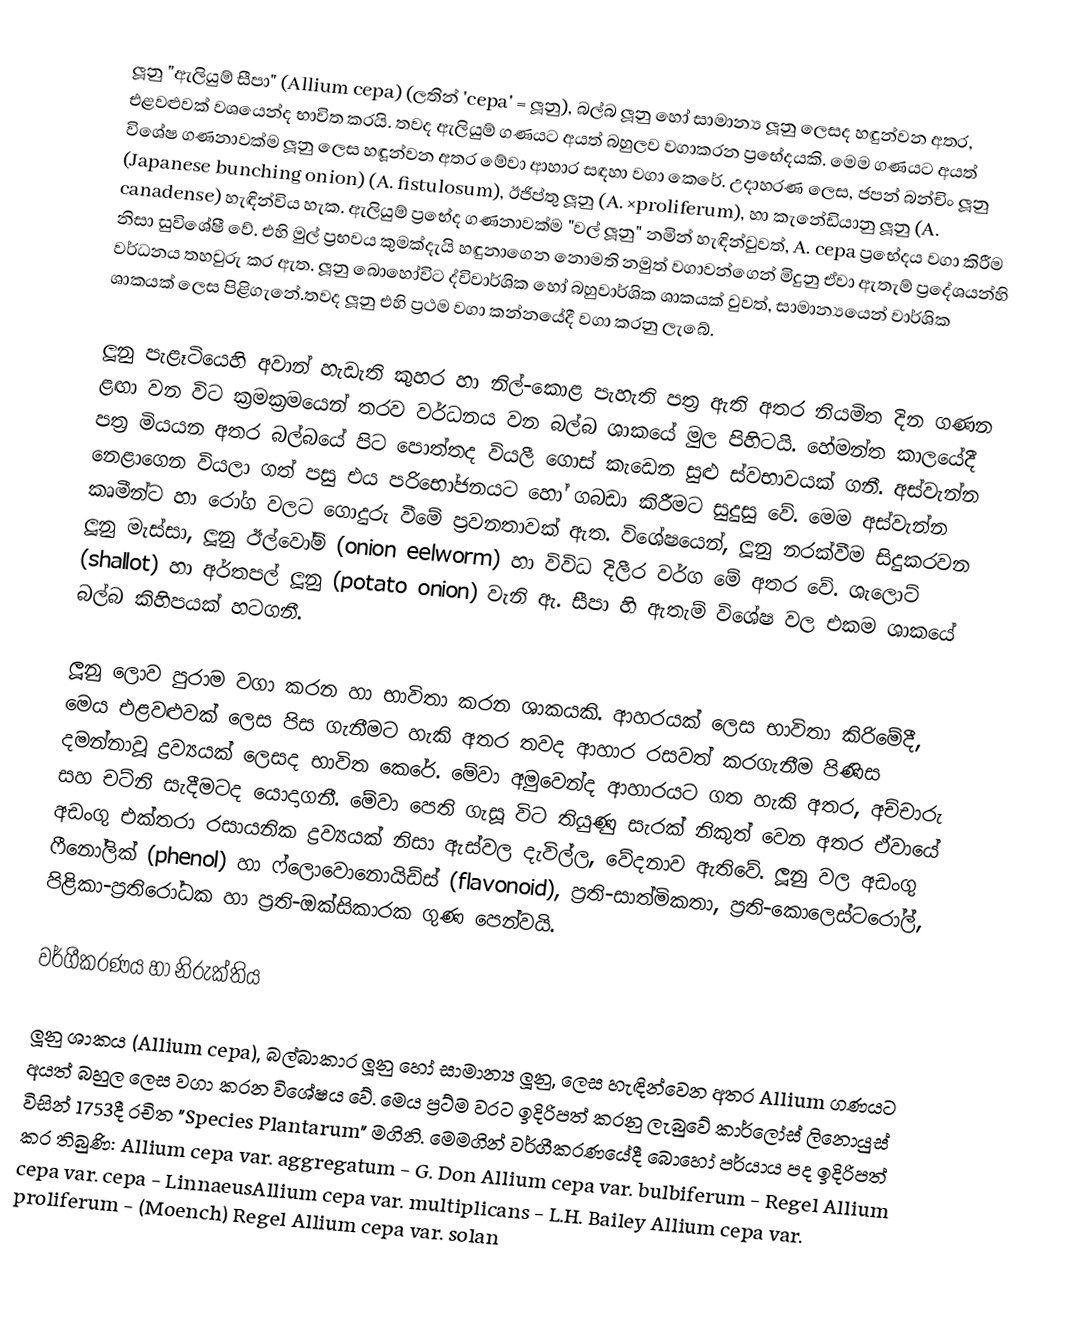
ලූනු "ඇලියුම් සීපා" (Allium cepa) (ලතින් 'cepa' = ලූනු), බල්බ ලූනු හෝ සාමාන්‍ය ලූනු ලෙසද හඳුන්වන අතර, එළවළුවක් වශයෙන්ද භාවිත කරයි. තවද ඇලියුම් ගණයට අයත් බහුලව වගාකරන ප්‍රභේදයකි. මෙම ගණයට අයත් විශේෂ ගණනාවක්ම ලූනු ලෙස හඳූන්වන අතර මේවා ආහාර සඳහා වගා කෙරේ. උදාහරණ ලෙස, ජපන් බන්චිං ලූනු (Japanese bunching onion) (A. fistulosum),  ඊජිප්තු ලූනු (A. ×proliferum), හා කැනේඩියානු ලූනු (A. canadense) හැඳින්විය හැක. ඇලියුම් ප්‍රභේද ගණනාවක්ම "වල් ලූනු" නමින් හැඳින්වුවත්,  A. cepa ප්‍රභේදය වගා කිරීම නිසා සුවිශේෂී වේ. එහි මුල් ප්‍රභවය කුමක්දැයි හඳුනාගෙන නොමති නමුත් වගාවන්ගෙන් මිදුනු ඒවා ඇතැම් ප්‍රදේශයන්හි වර්ධනය තහවුරු කර ඇත.  ලූනු බොහෝවිට ද්විවාර්ශික හෝ බහුවාර්ශික ශාකයක් වුවත්, සාමාන්‍ය‍යෙන් වාර්ශික ශාකයක් ලෙස පිළිගැනේ.තවද ලූනු එහි ප්‍රථම වගා කන්නයේදී වගා කරනු ලැබේ.

ලූනු පැළෑටියෙහි අවාන් හැඩැති කුහර හා නිල්-කොළ පැහැති පත්‍ර ඇති අතර නියමිත දින ගණන ළඟා වන විට ක්‍රමක්‍රමයෙන් තරව වර්ධනය වන බල්බ ශාකයේ මුල පිහිටයි. හේමන්ත කාලයේදී පත්‍ර මියයන අතර බල්බයේ පිට පොත්තද වියලී ගොස් කැඩෙන සුළු ස්වභාවයක් ගනී.  අස්වැන්න නෙළාගෙන වියලා ගත් පසු එය පරිභෝජනයට හෝ ගබඩා කිරීමට සුදුසු වේ. මෙම අස්වැන්න කෘමීන්ට හා රෝග වලට ගොදුරු වීමේ ප්‍රවනතාවක් ඇත. විශේෂයෙන්,  ලූනු නරක්වීම සිදුකරවන  ලූනු මැස්සා,  ලූනු ඊල්වෝම් (onion eelworm) හා විවිධ දිලීර වර්ග මේ අතර වේ.  ශැලොට් (shallot) හා අර්තපල් ලූනු (potato onion) වැනි ඇ. සීපා හි ඇතැම් විශේෂ වල එකම ශාකයේ බල්බ කිහිපයක් හටගනී.

ලූනු ලොව පුරාම වගා කරන හා භාවිතා කරන ශාකයකි. ආහරයක් ලෙස භාවිතා කිරිමේදී, මෙය එළවළුවක් ලෙස පිස ගැනීමට හැකි අතර තවද ආහාර රසවත් කරගැනීම පිණිස දමන්නාවූ ද්‍රව්‍යයක් ලෙසද භාවිත කෙරේ. මේවා අමුවෙන්ද ආහාරයට ගත හැකි අතර, අච්චාරු සහ චට්නි සැදීමටද යොදාගනී.  මේවා පෙති ගැසූ විට තියුණු සැරක් නිකුත් වෙන අතර ඒවායේ අඩංගු එක්තරා රසායනික ද්‍රව්‍යයක් නිසා ඇස්වල දැවිල්ල, වේදනාව ඇතිවේ. ලූනු වල අඩංගු ෆීනෝලික් (phenol) හා ෆ්ලොවොනොයිඩ්ස් (flavonoid), ප්‍රති-සාත්මිකතා, ප්‍රති-කොලෙස්ටරෝල්,  පිළිකා-ප්‍රතිරෝධක හා ප්‍රති-ඔක්සිකාරක ගුණ පෙන්වයි.

වර්ගීකරණය හා නිරුක්තිය

ලූනු ශාකය (Allium cepa), බල්බාකාර ලූනු   හෝ සාමාන්‍ය ලූනු, ලෙස හැඳින්වෙන අතර Allium ගණයට අයත් බහුල ලෙස වගා කරන විශේෂය වේ.   මෙය ප්‍රට්ම වරට ඉදිරිපත් කරනු ලැබුවේ කාර්ලෝස් ලිනොයුස් විසින් 1753දී රචිත "Species Plantarum" මගිනි. මෙමගින් වර්ගීකරණයේදී බොහෝ පර්යාය පද ඉදිරිපත් කර තිබුණි: Allium cepa var. aggregatum - G. Don Allium cepa var. bulbiferum - Regel	  	Allium cepa var. cepa - LinnaeusAllium cepa var. multiplicans - L.H. Bailey 	  	Allium cepa var. proliferum - (Moench) Regel 	  	Allium cepa var. solan